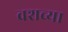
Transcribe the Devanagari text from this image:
वशच्या